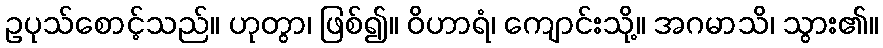
ဥပုသ်စောင့်သည်။ ဟုတွာ၊ ဖြစ်၍။ ဝိဟာရံ၊ ကျောင်းသို့။ အဂမာသိ၊ သွား၏။